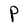
Character: P